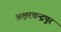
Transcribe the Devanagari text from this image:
अक्षरचन्द्रपुर